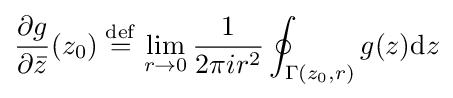
{{\frac {\partial g}{\partial {\bar {z}}}}(z_{0})}\mathrel {\overset {\mathrm {def} }{=}} \lim _{r\to 0}{\frac {1}{2\pi ir^{2}}}\oint _{\Gamma (z_{0},r)}g(z)\mathrm {d} z